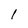
Character: l